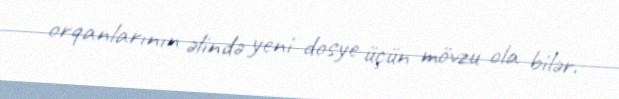
orqanlarının əlində yeni dosye üçün mövzu ola bilər.